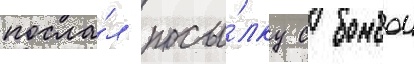
посла́л посы́лку с бомбои